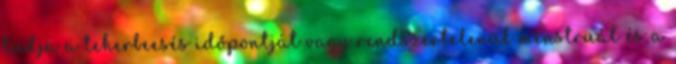
tudja a teherbeesés időpontját vagy rendszertelenül menstruál és a